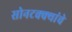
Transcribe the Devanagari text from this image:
सोनटक्क्यांचे